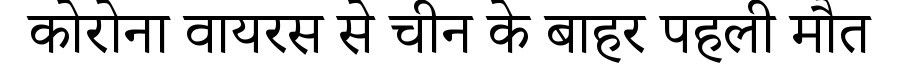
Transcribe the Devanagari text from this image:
कोरोना वायरस से चीन के बाहर पहली मौत